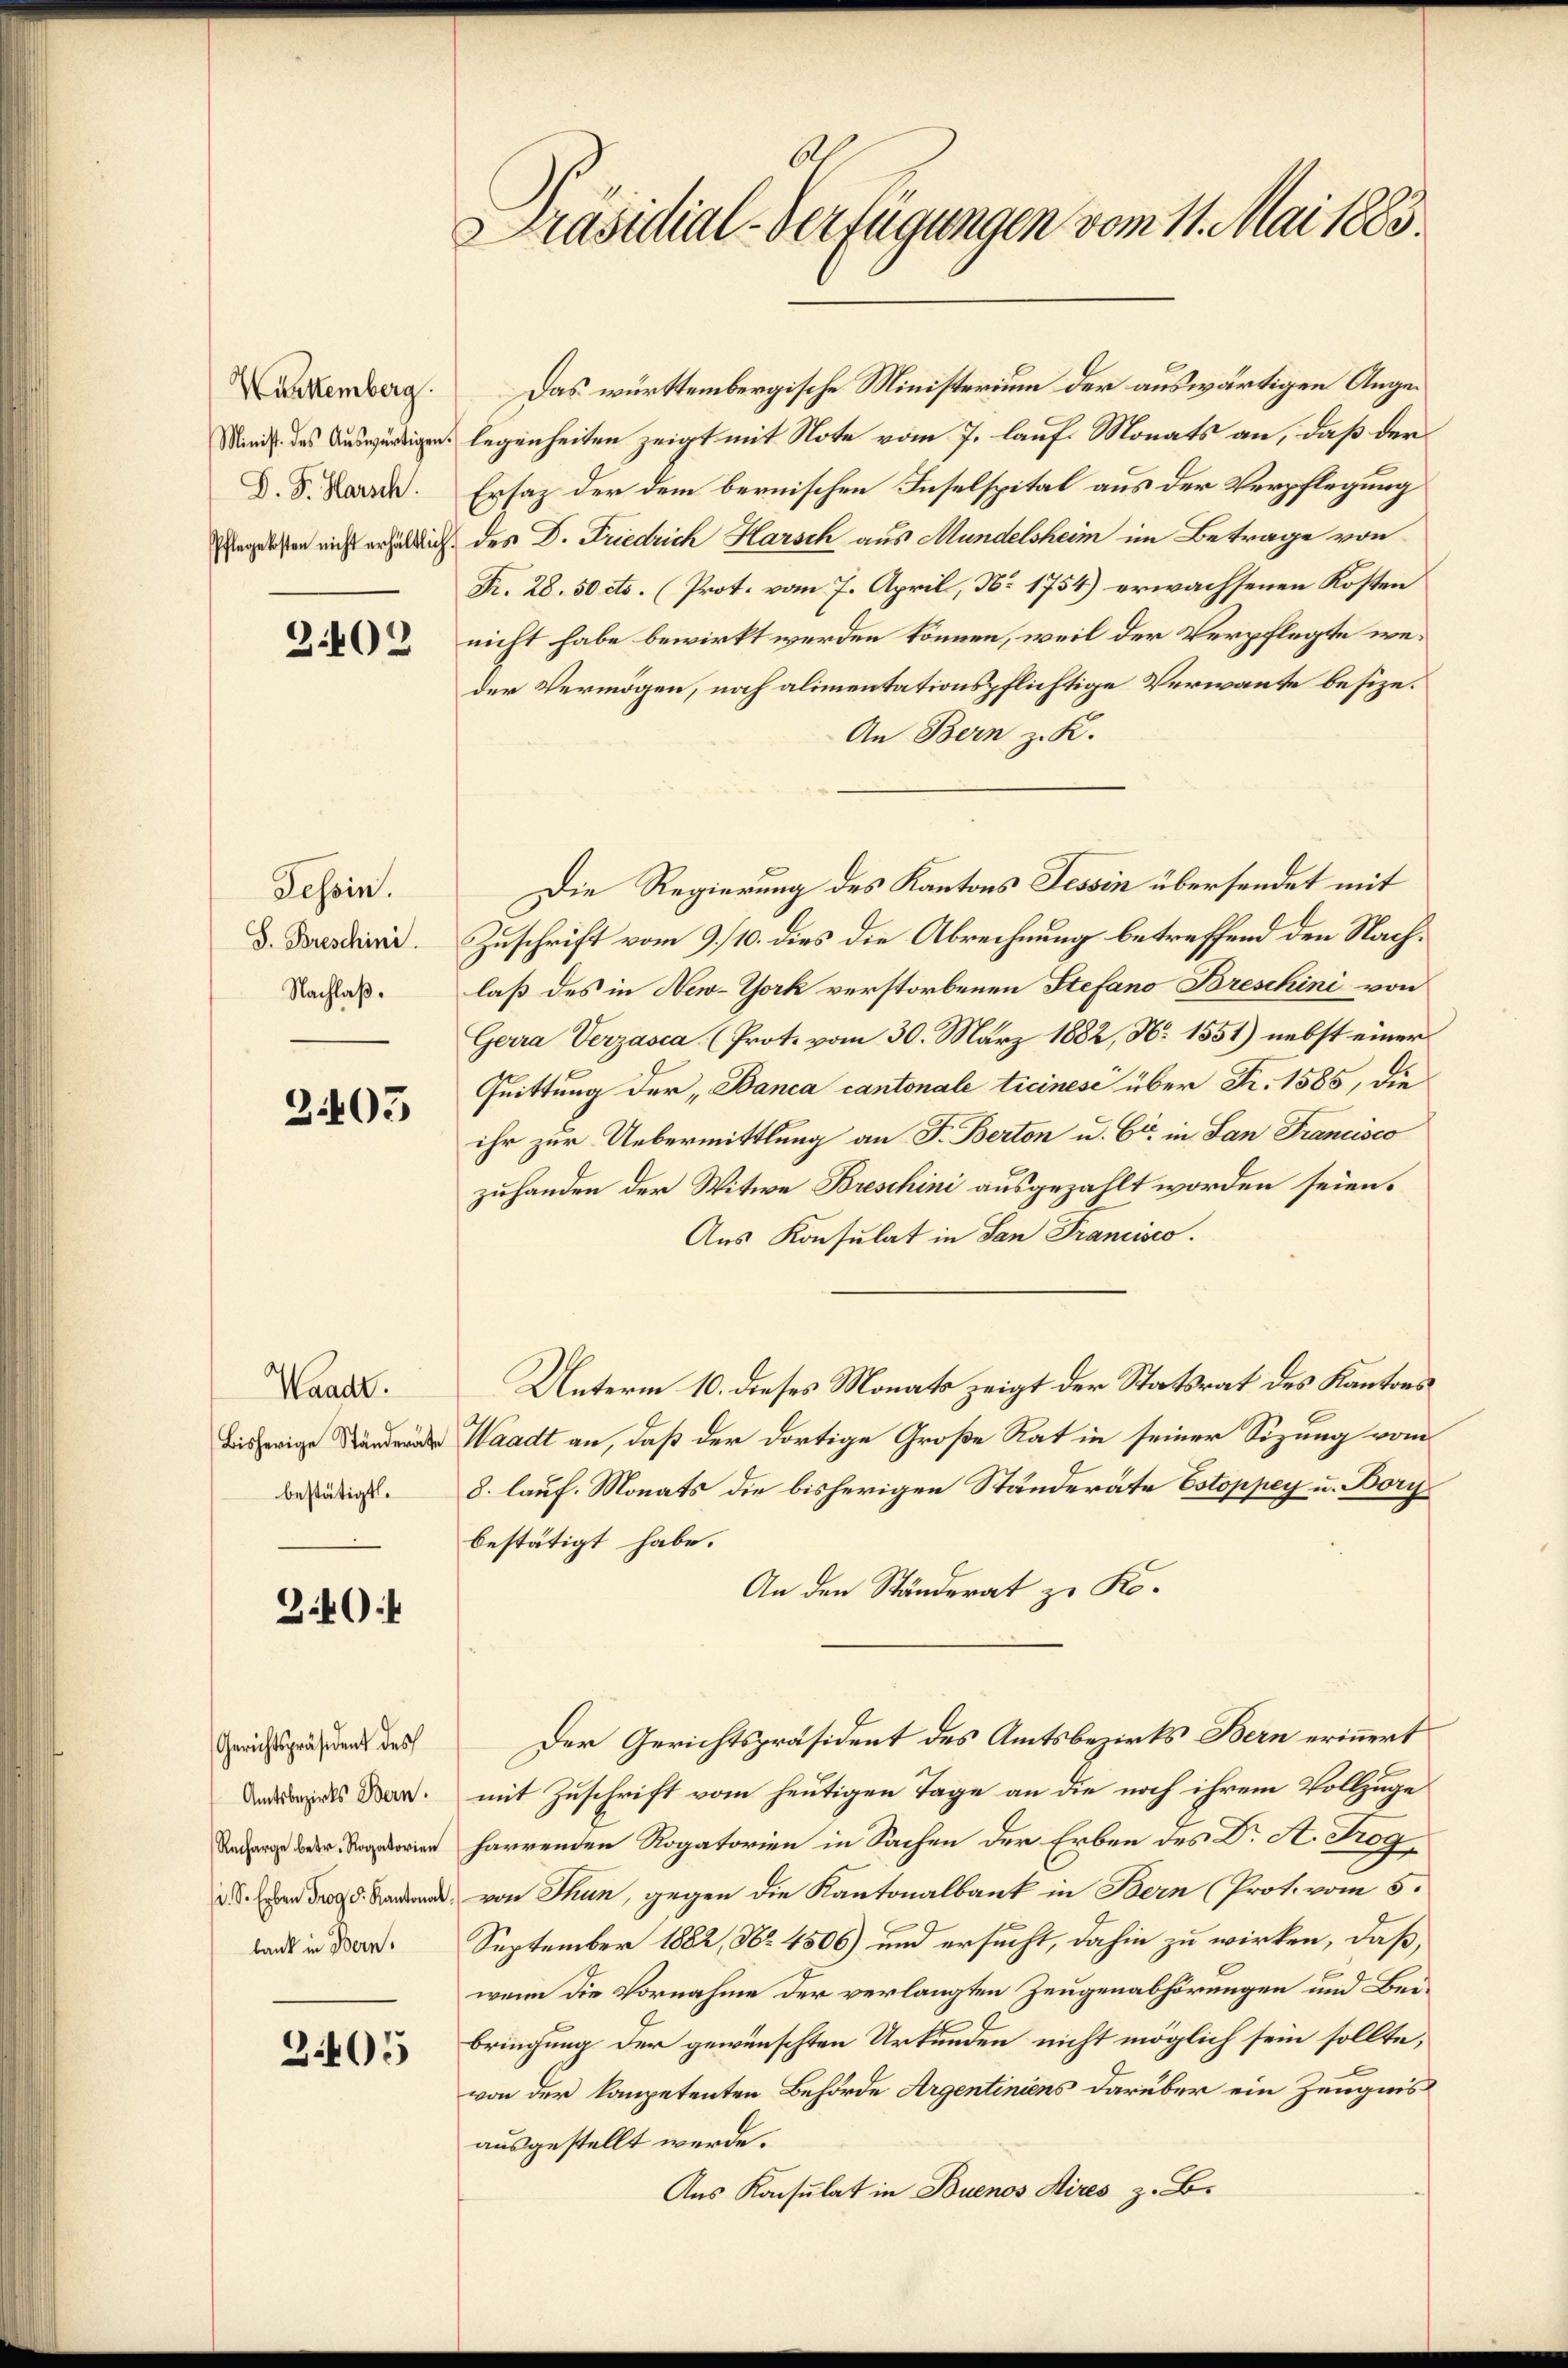
Württemberg.
Minist. des Auswärtigen.
D. G. Harsch.
Pflegekosten nicht erhältlich.

302

Tessin.
S. Breschini.
Nachlaß.

2405

Waadt.
Bisherige Ständeräte
bestätigt.

340

Gerichtspräsident des
Amtsbezirks Bern.
Recharge betr. Rogatorien
. Sr. Erben sog. S. Kantonal
bank in Bern.

305

Präsidial-Verfügungen vom 11. Mai 1883

Das württembergische Ministerium der auswärtigen Angelegenheiten zeigt mit Note vom 7. lauf Monats an, daß der
Ersaz der dem bernischen Inselspital aus der Verpflegung
des D. Friedrich Harsch aus Mundelsheim im Betrage von
Fr. 28. 50 cts. (Prot. vom 7. April, No 1754) erwachsenen Kosten
nicht habe bewirkt werden können, weil der Verpflegte weder Vermögen, noch alimentationspflichtige Verwante besize¬
An Bern z. K.
Zuschrift vom 9. 110. dies die Abrechnung betreffend den Nachlaß des in New-York verstorbenen Stefano Breschini von
Gerra Verzasca (Prote vom 30. März 1882, N. 1551) nebst einer
Quittung der „Banca cantonale Ticinesi über Fr. 1585, die
ihr zur Uebermittlung an F. Berton u. Er in San Francisco
zuhanden der Witwe Breschini ausgezahlt worden seien.
Aus Konsulat in San Francisco
Unterm 10. dieses Monats zeigt der Statsrat des Kantons
Waadt an, daß der dortige Große Rat in seiner Sizung vom
8. lauf. Monats die bisherigen Ständerate Estoppey u. Borybestätigt habe.
An den Ständerat zu Ko¬
Der Gerichtspräsident des Amtsbezirks Bern erinnert
mit Zuschrift vom heutigen Tage an die noch ihrem Vollzuge
harrenden Rogatorien in Sachen der Erben des Dr A. Trogvon Thun, gegen die Kantonalbank in Bern (Prot. vom 5.
September 1882, No. 4506) und ersucht, dahin zu wirken, daß,
wenn die Vornahme der verlangten Zeugenabhörungen und Beibringung der gewünschten Urkunden nicht möglich sein sollte,
von der kompetenten Behörde Argentiniens darüber ein Zeugnis
ausgestellt werde.
Aus Konsulat in Buenos Aires z. B.

Die Regierung des Kantons Tessin übersendet mit